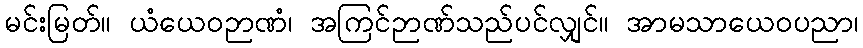
မင်းမြတ်။ ယံယေဝဉာဏံ၊ အကြင်ဉာဏ်သည်ပင်လျှင်။ အာမသာယေဝပညာ၊